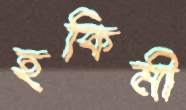
হকিমী